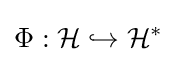
\Phi :{\mathcal {H}}\hookrightarrow {\mathcal {H}}^{*}